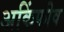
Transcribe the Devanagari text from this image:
अकिंफीव